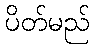
ပိတ်မည်